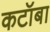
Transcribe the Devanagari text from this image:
कटॉबा